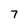
Character: 7